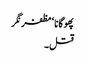
پھوگانا ‘ مظفر نگر
قتل۔